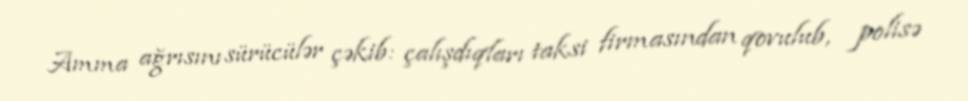
Amma ağrısını sürücülər çəkib: çalışdıqları taksi firmasından qovulub, polisə